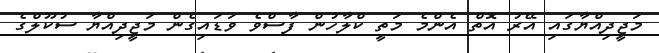
މަޖީދިއްޔާގައި އޭރު އޮތް އެންމެ މަތީ ކްލާހުން ފާސްވެ ވަޑައިގެން މަޖީދިއްޔާ ސުކޫލްގެ